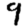
Digit: 9